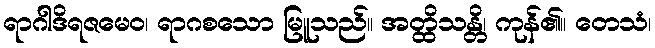
ရာဂါဒိရဇမေဝ၊ ရာဂစသော မြူသည်။ အတ္ထိသန္တိ၊ ကုန်၏။ တေသံ၊